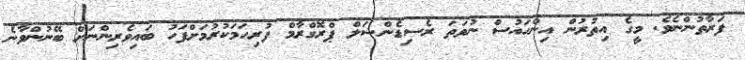
ފަރާތުންނެވެ. މީގެ އިތުރުން އިންހައުސް ނުވަތަ ރެސިޑެންޝަލް ޕްރޮގްރާމް ފުރިހަމަކުރުމަށްފަހު ބައިވެރިންނަށް ބޭނުންވާނެ